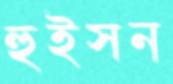
হুইসন